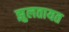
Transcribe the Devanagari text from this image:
झुलतायत